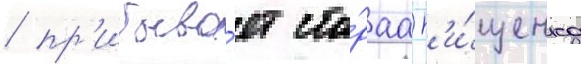
/ пр'ибыва́ет ста́раа н'и́щенка